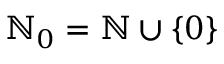
\ensuremath { \mathbb { N } } _ { 0 } = \ensuremath { \mathbb { N } } \cup \{ 0 \}